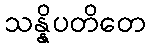
သန္နိပတိတေ